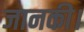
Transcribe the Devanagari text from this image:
जानकी।